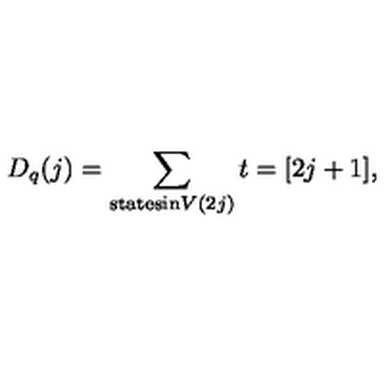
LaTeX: D _ { q } ( j ) = \sum _ { \mathrm { s t a t e s i n } V ( 2 j ) } t = [ 2 j + 1 ] ,